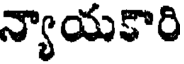
న్యాయకారి